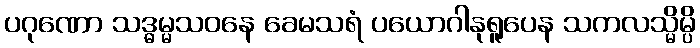
ပဂုဏော သဒ္ဓမ္မသဝနေ ခေမသရံ ပယောဂါနုရူပေန သကလသ္မိမ္ပိ